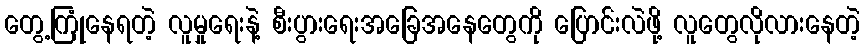
တွေ့ကြုံနေရတဲ့ လူမှုရေးနဲ့ စီးပွားရေးအခြေအနေတွေကို ပြောင်းလဲဖို့ လူတွေလိုလားနေတဲ့